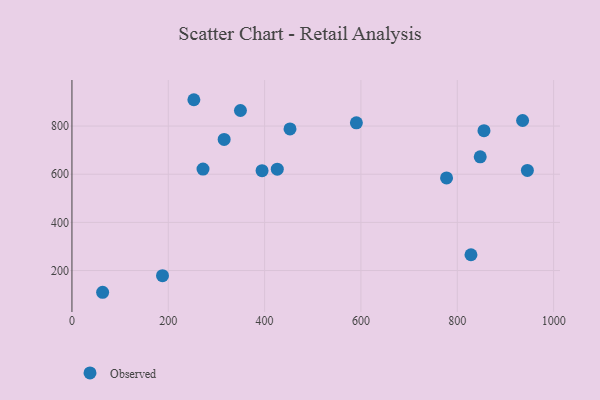
{"axis": {"x": "Price", "y": "Rating"}, "legend": ["Observed"], "data": [{"x": "253.1", "y": 909.4, "type": "Observed"}, {"x": "855.4", "y": 780.9, "type": "Observed"}, {"x": "590.5", "y": 813.6, "type": "Observed"}, {"x": "828.4", "y": 265.6, "type": "Observed"}, {"x": "272.1", "y": 621.4, "type": "Observed"}, {"x": "847.6", "y": 672.3, "type": "Observed"}, {"x": "394.7", "y": 614.9, "type": "Observed"}, {"x": "452.7", "y": 788.2, "type": "Observed"}, {"x": "316.0", "y": 744.6, "type": "Observed"}, {"x": "349.8", "y": 864.6, "type": "Observed"}, {"x": "945.5", "y": 615.9, "type": "Observed"}, {"x": "426.3", "y": 620.9, "type": "Observed"}, {"x": "63.7", "y": 109.8, "type": "Observed"}, {"x": "935.6", "y": 823.2, "type": "Observed"}, {"x": "188.0", "y": 178.7, "type": "Observed"}, {"x": "777.7", "y": 584.5, "type": "Observed"}]}